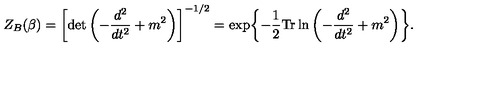
Z _ { B } ( \beta ) = \left[ \det \left( - { \frac { d ^ { 2 } } { d t ^ { 2 } } } + m ^ { 2 } \right) \right] ^ { - 1 / 2 } = \exp \biggl \{ - { \frac { 1 } { 2 } } \mathrm { T r } \ln \left( - { \frac { d ^ { 2 } } { d t ^ { 2 } } } + m ^ { 2 } \right) \biggr \} .